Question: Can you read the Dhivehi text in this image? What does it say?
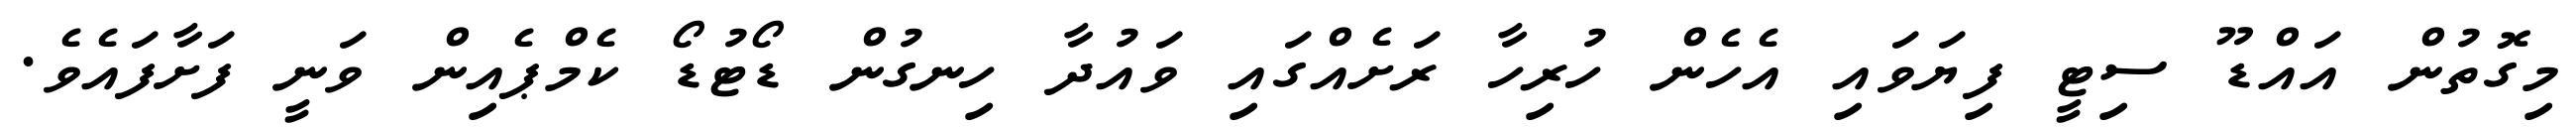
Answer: މިގޮތުން އައްޑޫ ސިޓީ ފިޔަވައި އެހެން ހުރިހާ ރަށެއްގައި ވައުދާ ހިނގުން ޑޯޓުޑޯ ކެމްޕެއިން ވަނީ ފަށާފައެވެ.